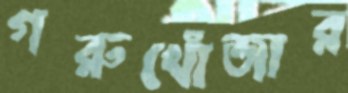
গরুখোঁজার